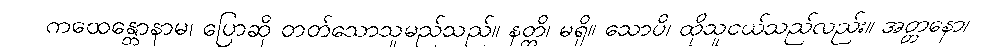
ကထေန္တောနာမ၊ ပြောဆို တတ်သောသူမည်သည်။ နတ္တိ၊ မရှိ။ သောပိ၊ ထိုသူငယ်သည်လည်း။ အတ္တနော၊